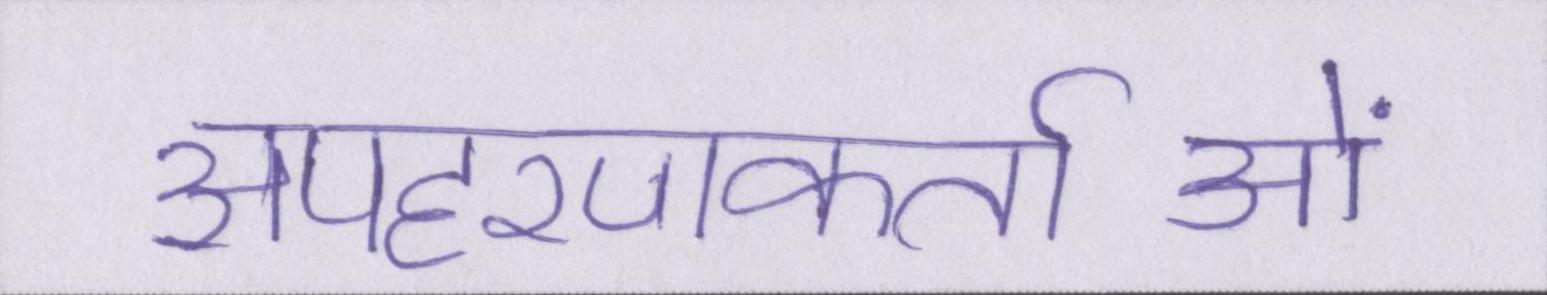
अपहरणकर्ताओं